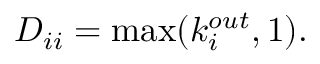
D _ { i i } = \operatorname* { m a x } ( k _ { i } ^ { o u t } , 1 ) .